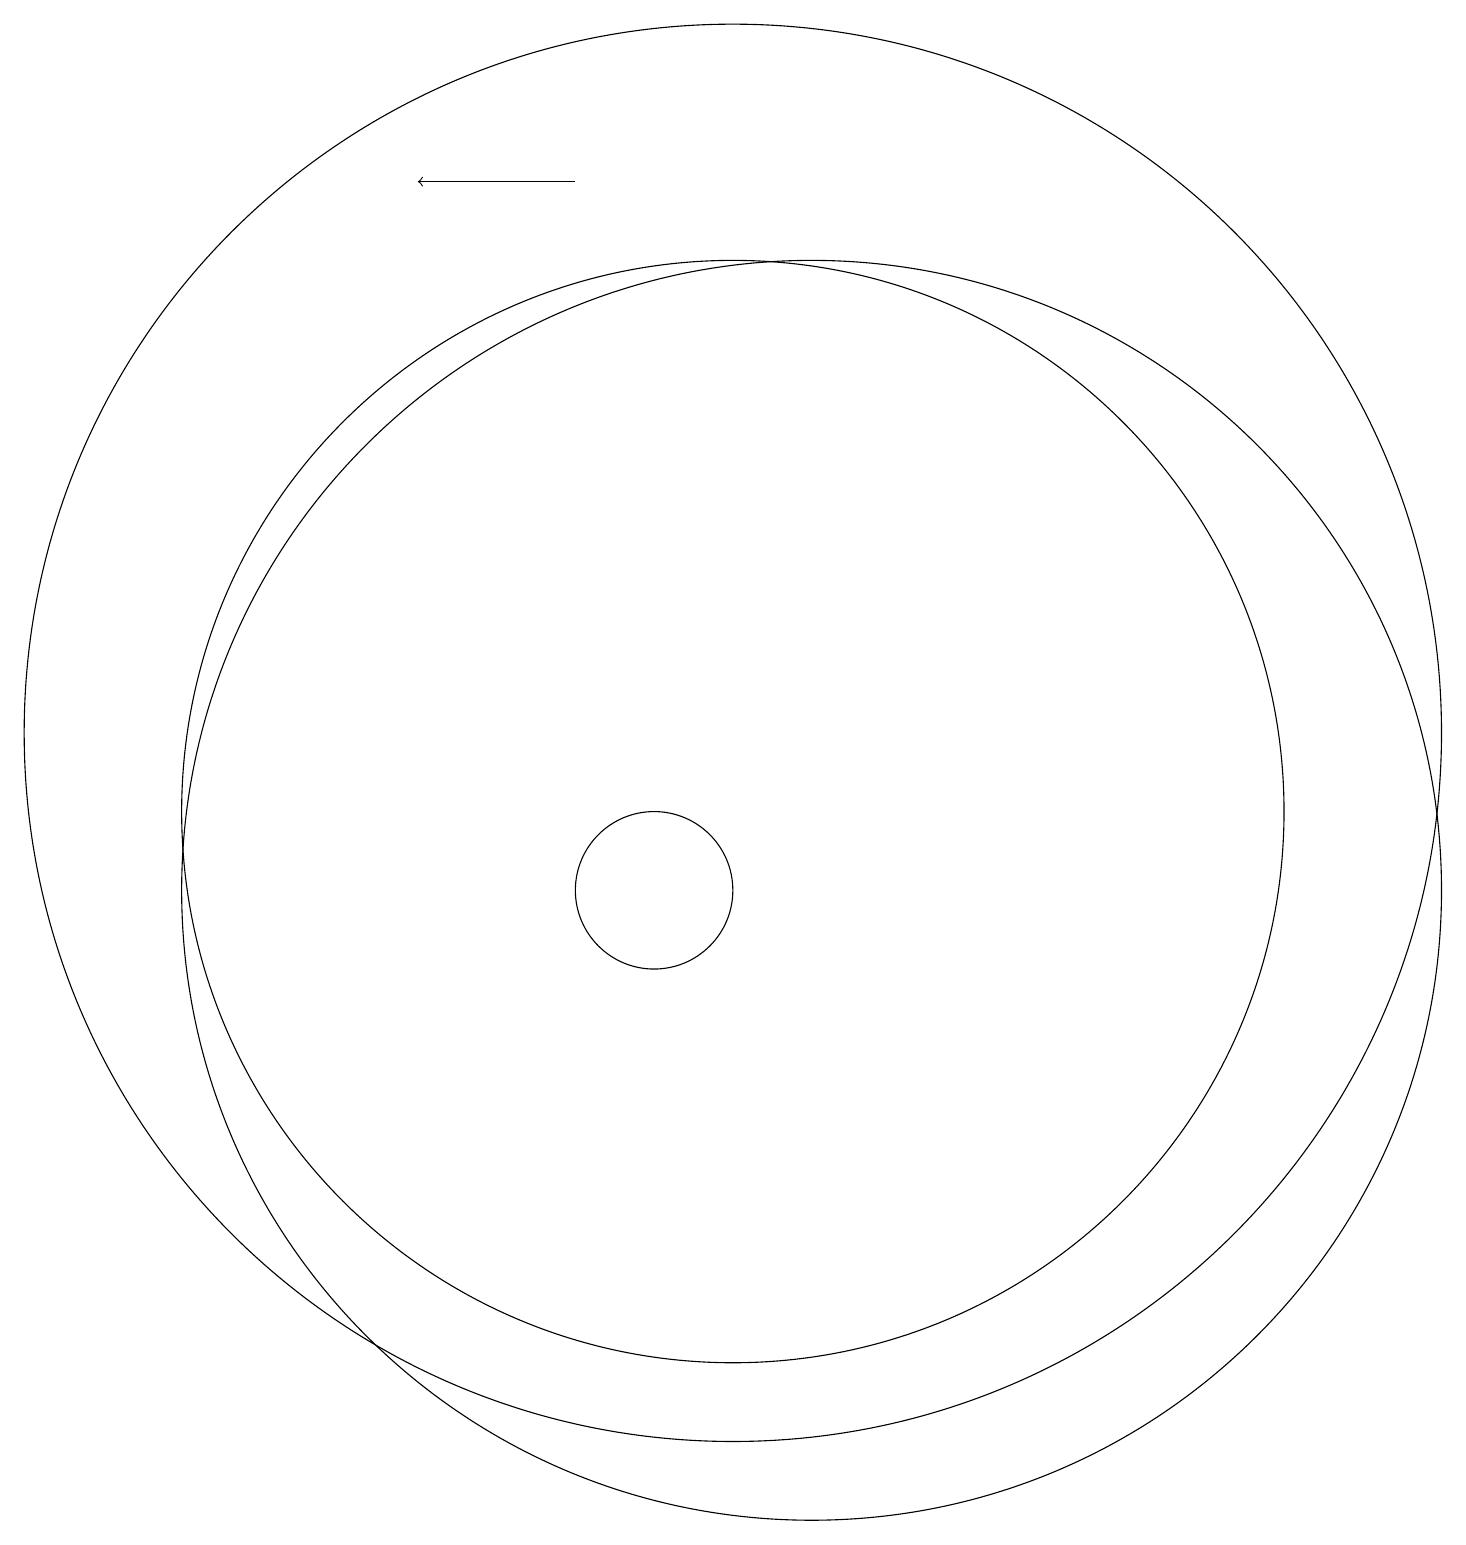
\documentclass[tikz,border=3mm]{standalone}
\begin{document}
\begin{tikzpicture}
\draw[->] (9,19) -- (7,19);
\draw (12,10) circle (8);
\draw (10,10) circle (1);
\draw (11,12) circle (9);
\draw (11,11) circle (7);
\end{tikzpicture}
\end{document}